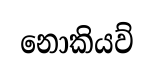
නොකියව්